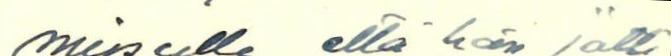
minulle, että hän jätti